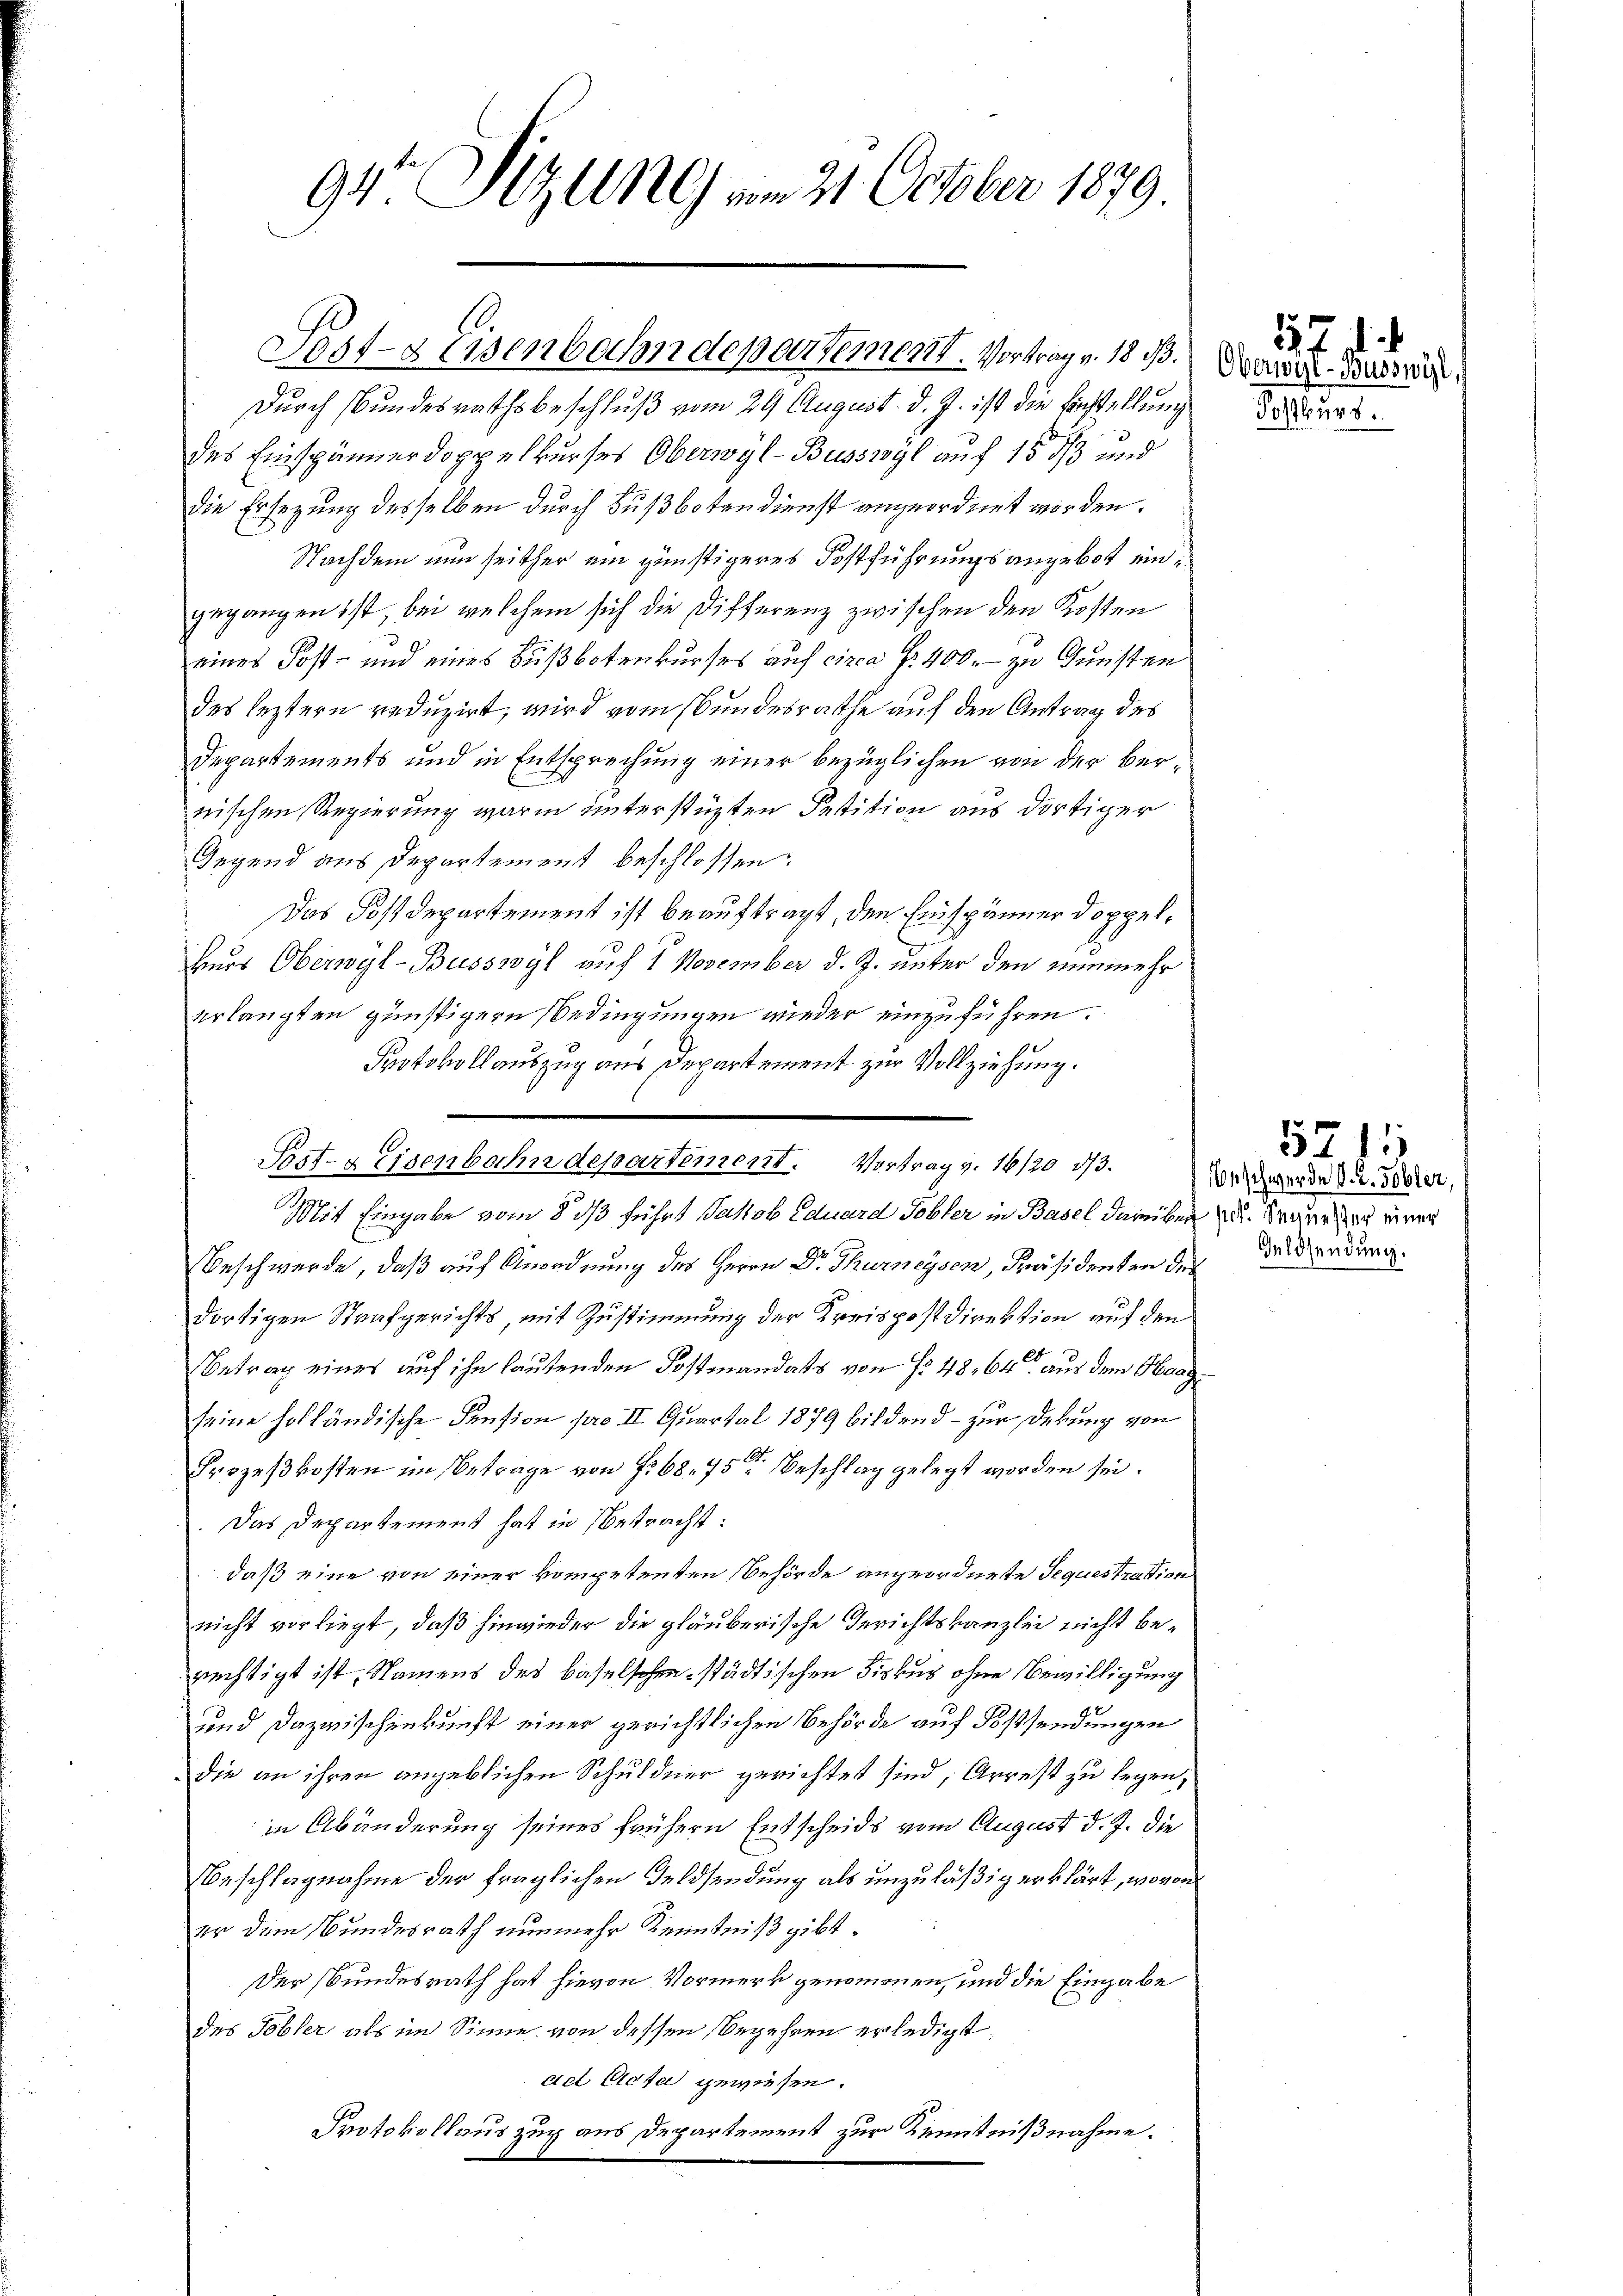
94. Sizung am 21. October 1879

Pat-s Eisenbahndepartemont. Vortrag v. 18 B. David Base

Durch Bundesrathsbeschluß vom 29 August. d. J. ist die Einstellung
des Einspännerdoppelkurses Oberwyl-Busswyl auf 15 1/3 und
die Ersezung desselben durch Fußbotendienst angeordnet worden.
Nachdem nun seither ein günstigeres Postführungsangebot ein
gegangen ist, bei welchem sich die Differenz zwischen den Kosten
eines Post- und eines Bußbotenkurses auf circa Fr. 400. zu Gunsten
des leztern reduzirt, wird vom Bundesrathe auf den Antrag des
Departements und in Entsprechung einer bezüglichen von der bernischen Regierung warm unterstüzten Petition aus dortiger
Gegend aus Departement beschlossen:
Das Postdepartement ist beauftragt, den Einspänner doppel¬
Herr Oberwyl-Büsswyl auf 1 November d. J. unter den nunmehr
erlangten günstigern Bedingungen wieder einzuführen.
Protokollauszug aus Departement zur Vollziehung.
Mit Eingabe vom 8 1/3 führt Jakob Eduard Tobler in Basel darüber zu. Ware an einer
Beschwerde, daß auf Anordnung des Herrn Dr. Thurneysen, Präsidenten des
dortigen Strafgerichts, mit Zustimmung der Kreispostdirektion auf den
Betrag eines auf ihn lautenden Postmandats von No 48, 64 aus dem Obergseine holländische Pension pro II. Quartal 1879 bildend – zur Deckung von
Prozeßkosten im Beträge von f. 68. 75ten Beschlag gelegt worden sei.
Das Departement hat in Betracht:
daß eine von einer kompetenten Behörde angeordnete Sequestration
nicht vorliegt, daß hinwieder die gläuberische Gerichtskanzlei nicht berechtigt ist, Namens des Baselschen städtischen Fiskus ohne Bewilligung
und Dazwischenkunft einer gerichtlichen Behörde auf Fossendungen
die an ihren angeblichen Schuldner gerichtet sind, Arrest zu legen,
in Abänderung seines frühern Entscheids vom August d. J. die
Beschlagnahme der fraglichen Feldsendung als unzuläßig erklärt, wovon
er dem Bundesrath nunmehr Kenntniß gibt.
Der Bundesrath hat hievon Vormerk genommenen, und die Eingabe
des Tobler als im Sinne von dessen begehren erledigt.
ad Cicta gewiesen.
Protokollauszug aus Departement zur Kenntnißnahme.

Pst- & Eisenbahndepartement. Vortrag v. 16/20 1/3. Von werde zu de

11
Postburg.

Geldsendung.

5711